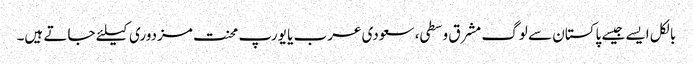
بالکل ایسے جیسے پاکستان سے لوگ مشرق وسطی، سعودی عرب یا یورپ محنت مزدوری کیلئے جاتے ہیں۔